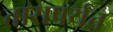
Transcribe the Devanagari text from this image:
तासपर्यंत